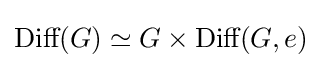
{\text{Diff}}(G)\simeq G\times {\text{Diff}}(G,e)